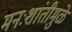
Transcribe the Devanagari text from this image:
मनःशांतीमुळे